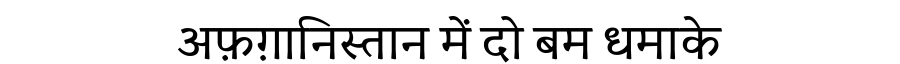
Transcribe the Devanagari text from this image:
अफ़ग़ानिस्तान में दो बम धमाके